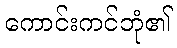
ကောင်းကင်ဘုံ၏